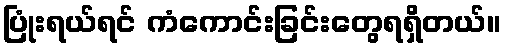
ပြုံးရယ်ရင် ကံကောင်းခြင်းတွေရရှိတယ်။